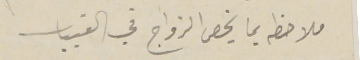
ملاحظه بما يخص الزواج في القبيات